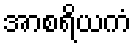
အာစရိယကံ